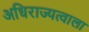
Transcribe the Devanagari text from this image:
अधिराज्यत्वाला